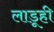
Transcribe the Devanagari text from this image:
लाडूही